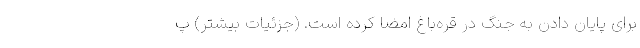
برای پایان دادن به جنگ در قره‌باغ امضا کرده است. (جزئیات بیشتر) پ